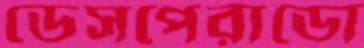
ডেসপেরাডো